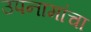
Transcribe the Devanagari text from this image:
उपनामांचा